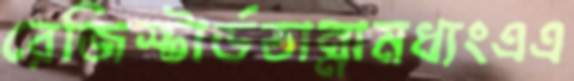
রেজিস্টার্ডতান্নামধ্যংএএ